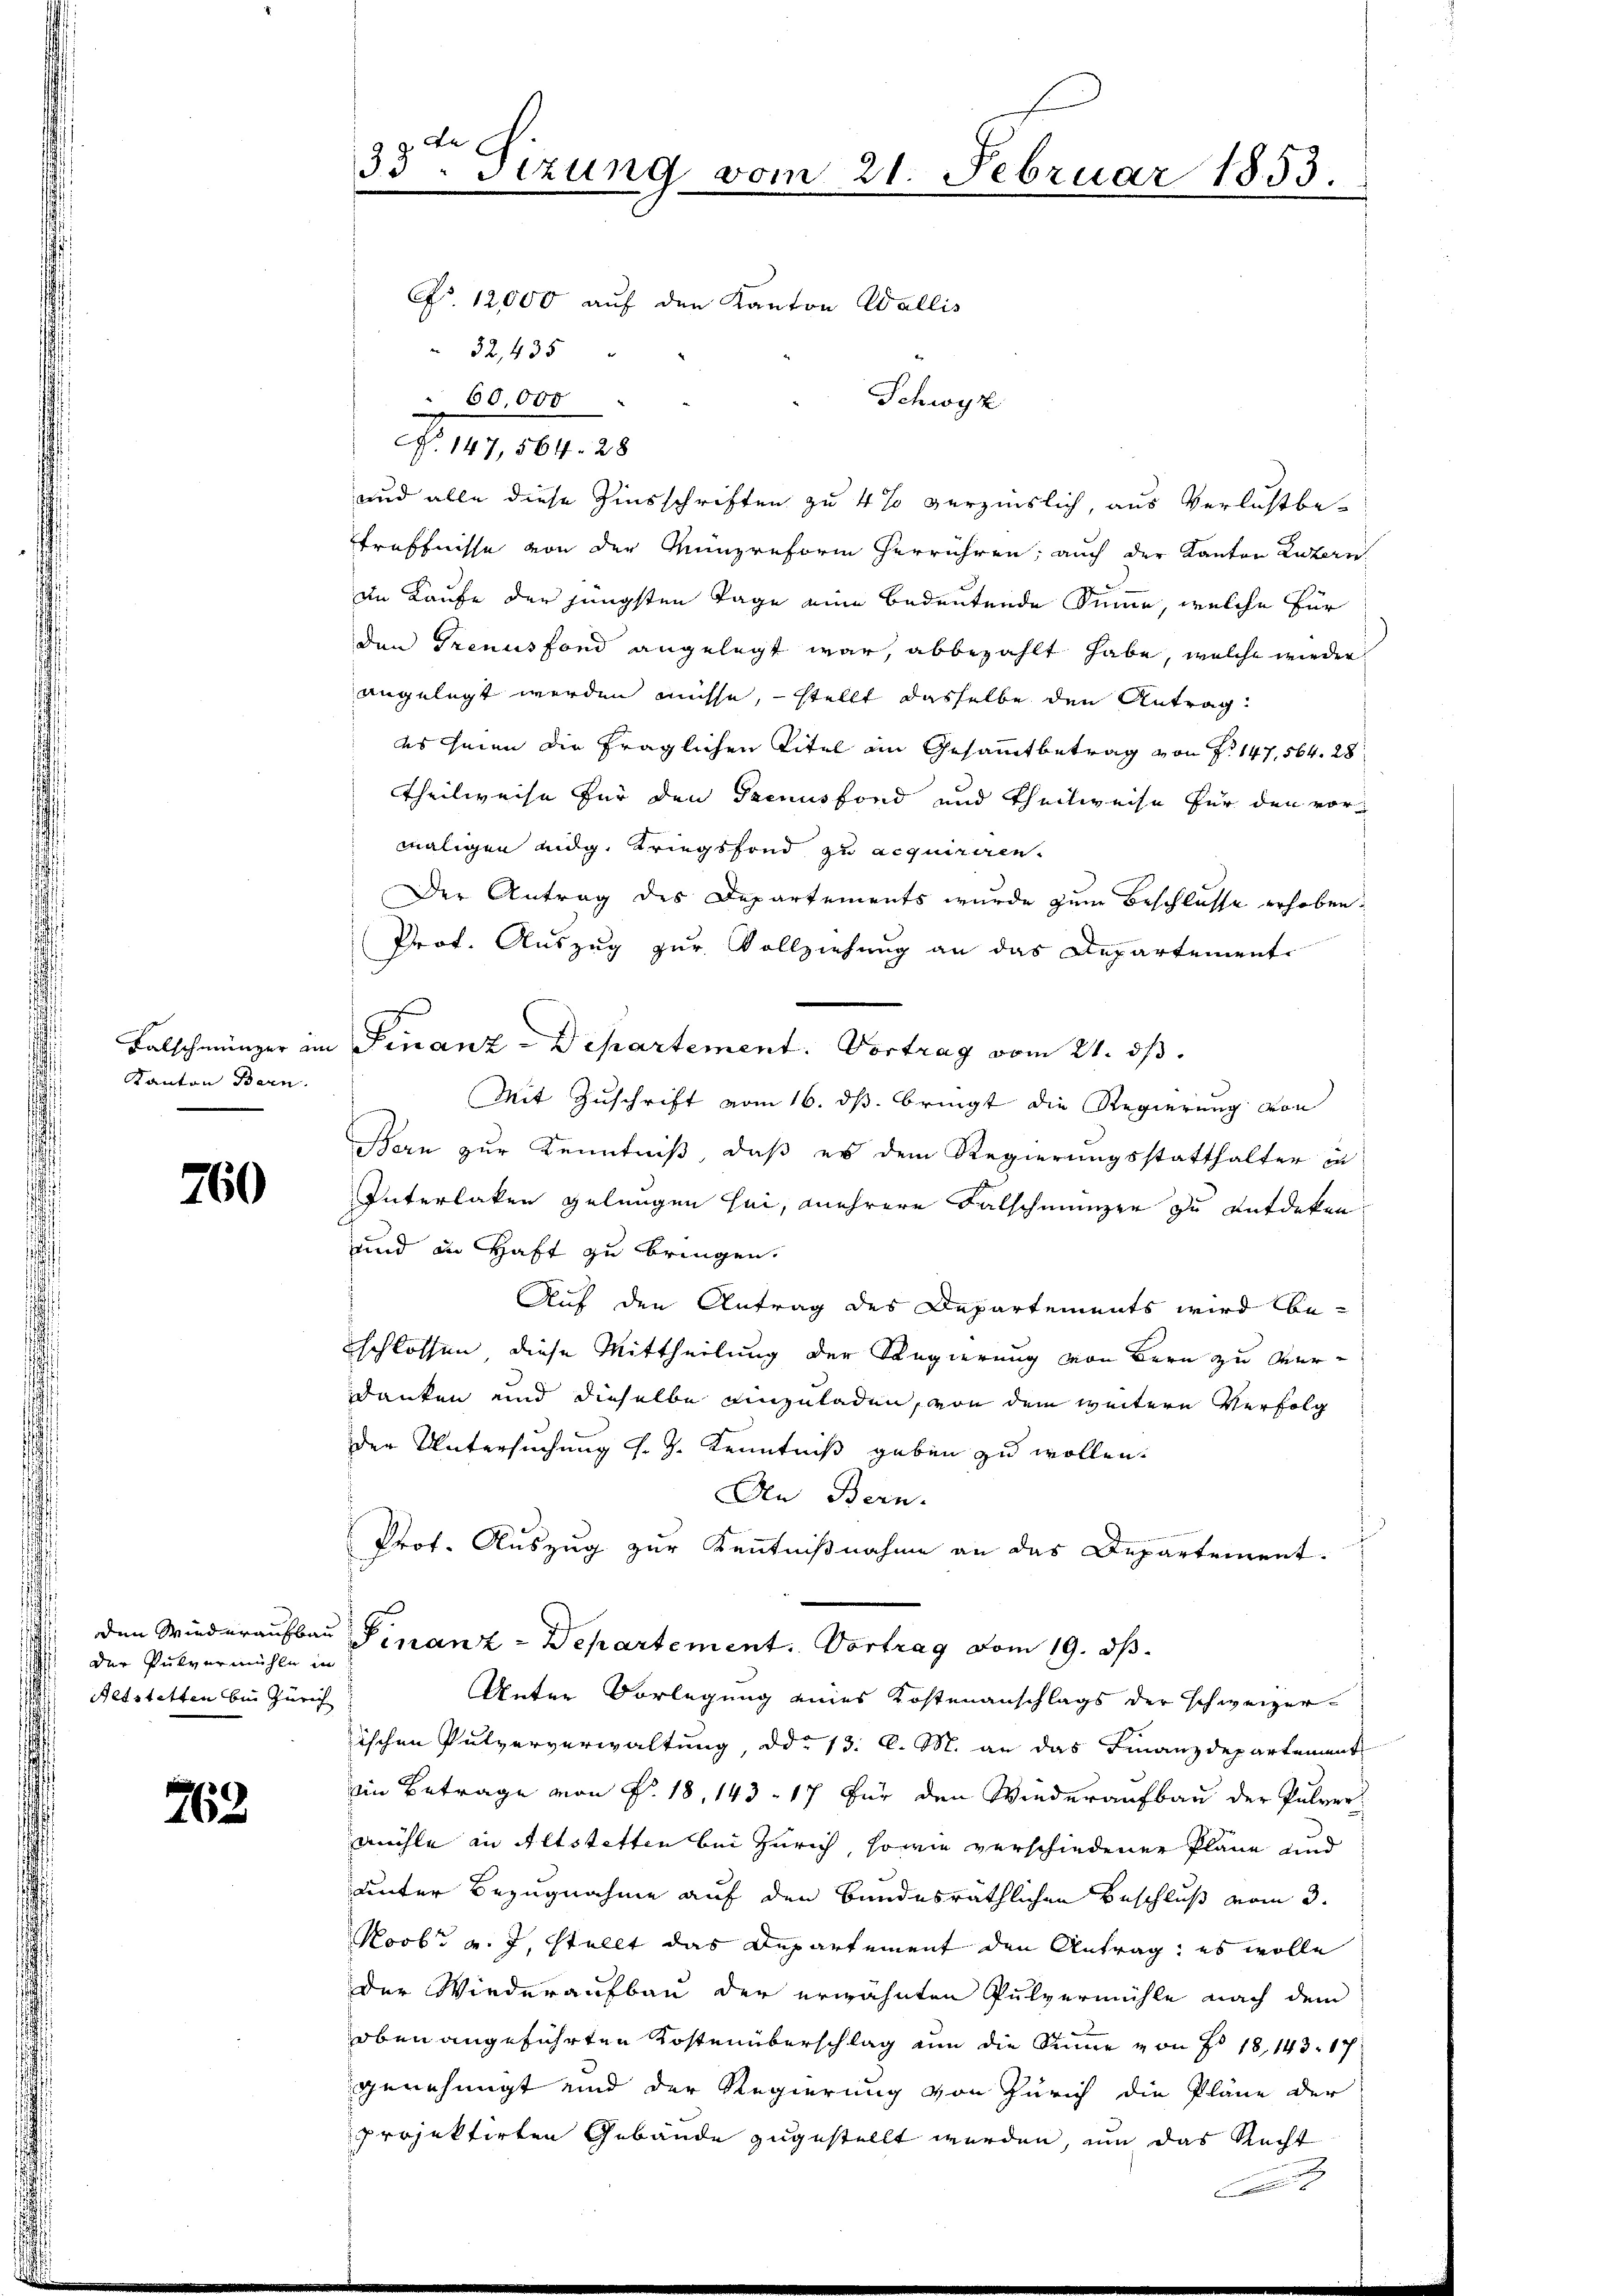
Falschmünzer in
Kanton Bern.

760

der Pulvermühle in
Aetstetten bei Zürich

763.

33. Sizung vom 21. Februar 1853.
No. 12,000 auf den Kanton Wallis

32, 435
Schwyz
60000
G. 101, 107. 25.
und alle diese Zinsschriften zu 4% verzinslich, aus Verlustbe
treffnisse von der Münzreform herrühren; auch der Kanton Latern
in Kaufe der jüngsten Tage eine bedeutende Summe, welche für
den Trennsfond angelegt war, abbezahlt habe, welche wieder
angelegt werden müsse, – stellt dasselbe den Antrag
es hinen die fraglichen Titel an Gesammtbetrag von P. 147, 564. 28
Theilweise für den Genus fond und Theilweise für den vormaligen eidg. Kriegsfond zu acquiriren.
Der Antrag des Departements wurde zum Beschlusse erhoben.
Prof. Auszug zur Vollziehung an das Departement
Finanz-Departement. Vortrag vom 21. ds.
Mit Zuschrift vom 16. ds. bringt die Regierung von
Bern zur Kenntniß, daß es dem Regierungsstatthalter in
Interlaken gelangen sei, mehrere Falschmunzer zu entdeken
und in Haft zu bringen.
Auf den Antrag des Departements wird beschlossen, diese Mittheilung der Regierung von Bern zu verdanken und dieselbe einzuladen, von dem weiteren Verfolg
der Untersuchung l. J. Kenntniß geben zu wollen.
An Bern.
Prot. Auszug zur Kenntnißnahme an das Departement.
den Wiederaufbau Finanz-Departement. Vortrag vom 19. ds.
Unter Vorlegung eines Kostenanschlags der schweizer-
ischen Pulververwaltung, ddo 13. d. M. an das Finanzdepartement
eim Betrage von P. 18, 143. 17 Für den Wiederaufbau der Pulvermühle in Altstetten bei Zürich, sowie verschiedener Pläne und
unter Bezugnahme auf den bundesräthlichen Beschluß vom 3.
Novbr v. J. stellt das Departement den Antrag: es wolle
der Wiederaufbau der erwähnten Pulvermühle nach dem
oben angeführten Kostenüberschlag an die Summe von No 18, 143. 17
genehmigt und der Regierung von Zürich die Pläne der
Projektirten Gebäude zugestellt werden, um das Recht
.